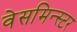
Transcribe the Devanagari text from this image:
वेसमिन्स्टर